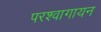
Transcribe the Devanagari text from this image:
परश्वागायन